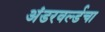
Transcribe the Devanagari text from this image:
अंडरवर्ल्डचा